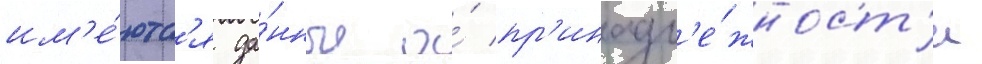
им'е́ютс'я да́нные о́ пр'инадл'е́жност'и